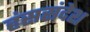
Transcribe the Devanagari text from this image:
हंससंदेश